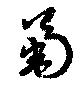
菊